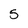
Character: 5